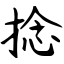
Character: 捻